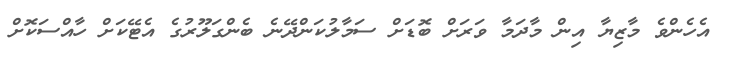
އެހެންވެ މާޒިޔާ އިން މާދަމާ ވަރަށް ބޮޑަށް ސަމާލުކަންދޭނެ ބެންގަލޫރުގެ އެޓޭކަށް ހާއްސަކޮށް